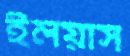
ইলয়াস